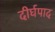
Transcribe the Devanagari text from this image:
दीर्घपाद